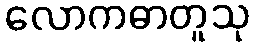
လောကဓာတူသု